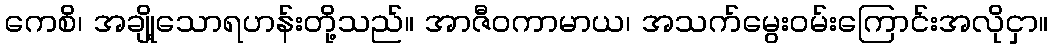
ကေစိ၊ အချို့သောရဟန်းတို့သည်။ အာဇီဝကာမာယ၊ အသက်မွေးဝမ်းကြောင်းအလိုငှာ။